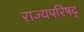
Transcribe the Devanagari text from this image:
राज्यपरिषद्